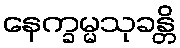
နေက္ခမ္မသုခန္တိ